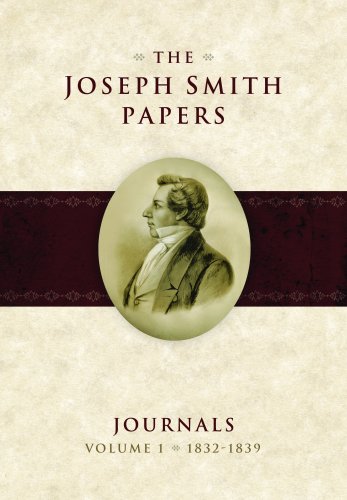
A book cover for The Joseph Smith Papers: Journals, Vol. 1: 1832-1839; Christian Books & Bibles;